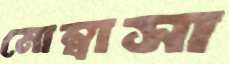
মোম্বাসা